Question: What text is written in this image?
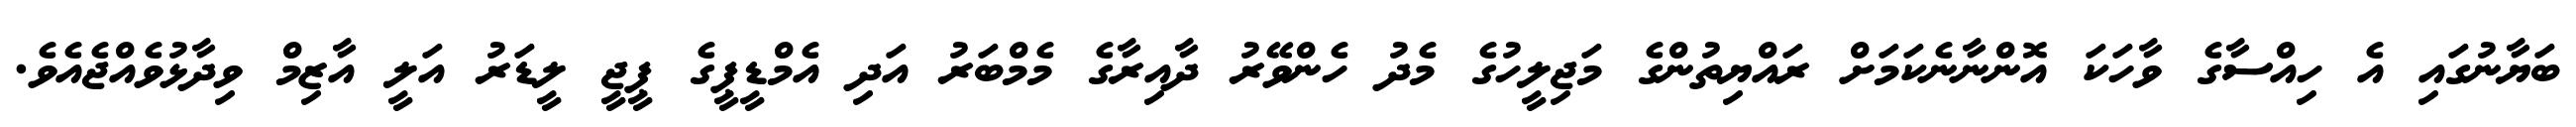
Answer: ބަޔާނުގައި އެ ހިއްސާގެ ވާހަކަ އޮންނާނެކަމަށް ރައްޔިތުންގެ މަޖިލީހުގެ މެދު ހެންވޭރު ދާއިރާގެ މެމްބަރު އަދި އެމްޑީޕީގެ ޕީޖީ ލީޑަރު އަލީ އާޒިމް ވިދާޅުވެއްޖެއެވެ.